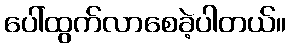
ပေါ်ထွက်လာစေခဲ့ပါတယ်။